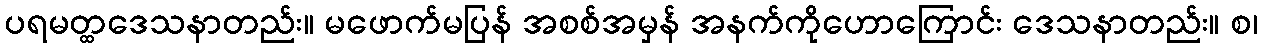
ပရမတ္ထဒေသနာတည်း။ မဖောက်မပြန် အစစ်အမှန် အနက်ကိုဟောကြောင်း ဒေသနာတည်း။ စ၊